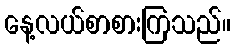
နေ့လယ်စာစားကြသည်။